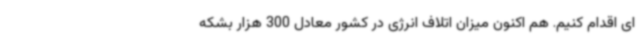
ای اقدام کنیم. هم اکنون میزان اتلاف انرژی در کشور معادل 300 هزار بشکه